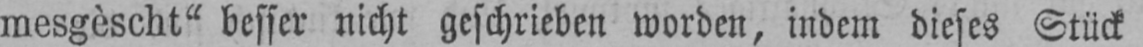
mesgèscht“ besser nicht geschrieben worden, indem dieses Stück